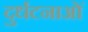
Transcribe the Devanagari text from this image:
दुर्धटनाओं